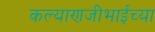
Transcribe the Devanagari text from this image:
कल्याणजीभाईंच्या